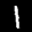
Label: 1